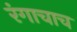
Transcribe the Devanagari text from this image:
रंगाचाच